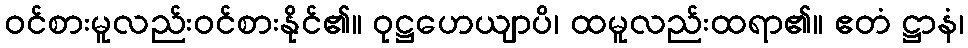
ဝင်စားမူလည်းဝင်စားနိုင်၏။ ဝုဋ္ဌဟေယျာပိ၊ ထမူလည်းထရာ၏။ ဧတံ ဋ္ဌာနံ၊